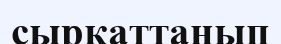
сырқаттанып